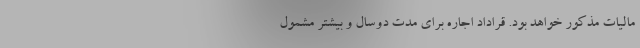
مالیات مذکور خواهد بود. قراداد اجاره برای مدت دوسال و بیشتر مشمول